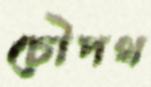
চৌপথ